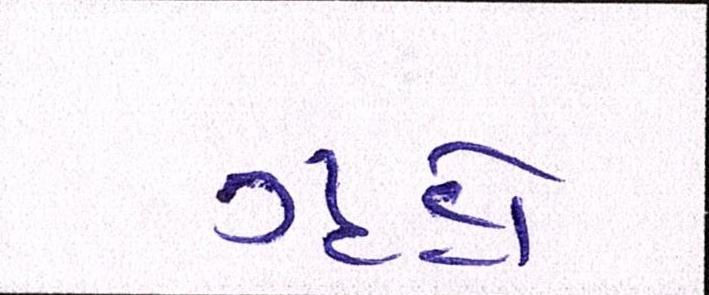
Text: ગૃહો